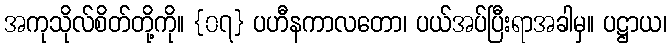
အကုသိုလ်စိတ်တို့ကို။ {၀၇} ပဟီနကာလတော၊ ပယ်အပ်ပြီးရာအခါမှ။ ပဋ္ဌာယ၊